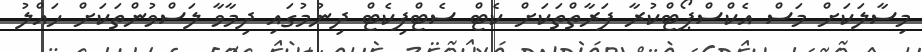
މިސާލަކަށް މަސް އެކްސްޕޯޓްކުރާ ފަރާތްތަކަށް ކެޓް ސެޓްފިކެޓް ދިނުމުގައި ދިމާވާ ލަސްވުންތަކަށް ހައްލު